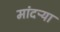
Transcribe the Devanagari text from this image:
मांदऱ्या